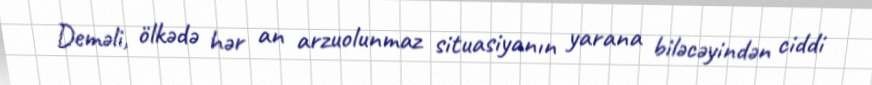
Deməli, ölkədə hər an arzuolunmaz situasiyanın yarana biləcəyindən ciddi